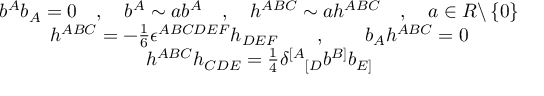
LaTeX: \begin{array} { c } { { b ^ { A } b _ { A } = 0 \quad , \quad b ^ { A } \sim a b ^ { A } \quad , \quad h ^ { A B C } \sim a h ^ { A B C } \quad , \quad a \in R \backslash \left\{ 0 \right\} } } \\ { { h ^ { A B C } = - \frac 1 6 \epsilon ^ { A B C D E F } h _ { D E F } \qquad , \qquad b _ { A } h ^ { A B C } = 0 } } \\ { { h ^ { A B C } h _ { C D E } = \frac 1 4 \delta ^ { [ A } { } _ { [ D } b ^ { B ] } b _ { E ] } } } \end{array}